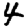
Digit: 4